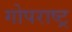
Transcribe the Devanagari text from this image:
गोपराष्ट्र